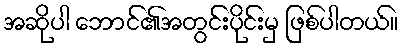
အဆိုပါ ဘောင်၏အတွင်းပိုင်းမှ ဖြစ်ပါတယ်။